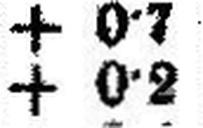
+ 0•2